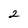
Character: 2